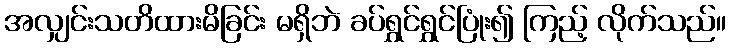
အလျှင်းသတိထားမိခြင်း မရှိဘဲ ခပ်ရွှင်ရွှင်ပြုံး၍ ကြည့် လိုက်သည်။